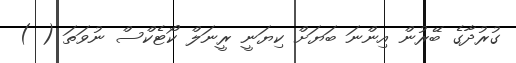
ގުރުދާގެ ބޭރުން އިންނަ ބަޔަށް ކިޔަނީ ރީނަލް ކޯޓެކްސް ނުވަތަ ( )